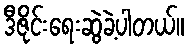
ဒီဇိုင်းရေးဆွဲခဲ့ပါတယ်။